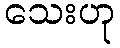
သေးဟု